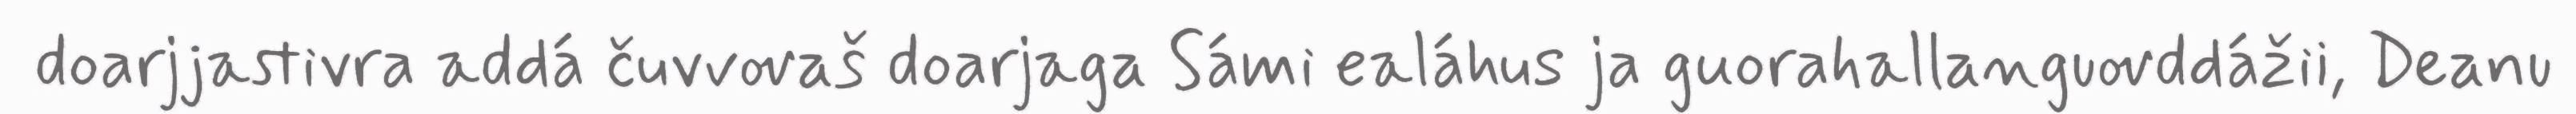
doarjjastivra addá čuvvovaš doarjaga Sámi ealáhus ja guorahallanguovddážii, Deanu